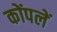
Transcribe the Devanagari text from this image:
कोंपलें